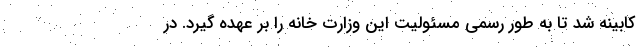
کابینه شد تا به طور رسمی مسئولیت این وزارت خانه را بر عهده گیرد. در